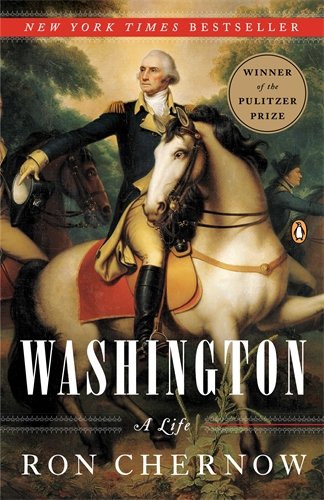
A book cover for Washington: A Life; Ron Chernow; Biographies & Memoirs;